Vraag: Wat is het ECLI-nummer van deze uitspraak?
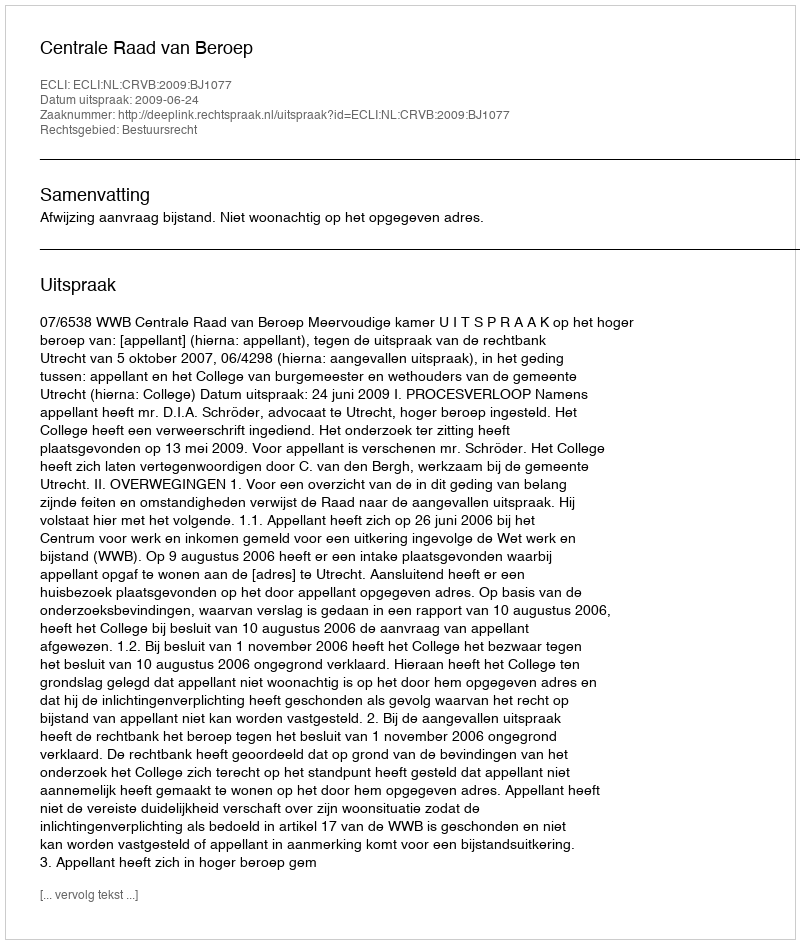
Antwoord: ECLI:NL:CRVB:2009:BJ1077